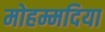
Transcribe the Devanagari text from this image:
मोहम्मदिया